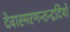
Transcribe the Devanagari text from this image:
देवास्मरणन्तन्द्रदियो